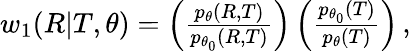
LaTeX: \begin{array}{r}{w_{1}(R|T,\theta)=\left(\frac{p_{\theta}(R,T)}{p_{\theta_{0}}(R,T)}\right)\left(\frac{p_{\theta_{0}}(T)}{p_{\theta}(T)}\right)\, ,}\end{array}